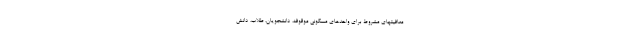
معافیتهای مشروط برای واحدهای مسکونی موقوفه، دانشجویان، طلاب، دانش